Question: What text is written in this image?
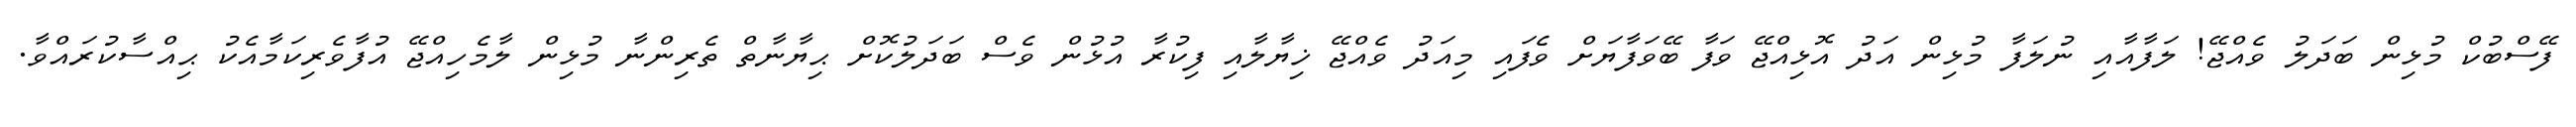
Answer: ފޭސްބުކް މުޅިން ބަދަލު ވެއްޖޭ! ލަފާއާއި ނުލަފާ މުޅިން އަދު އޮޅިއްޖޭ ވަފާ ބޭވަފާޔަށް ވެފައި މިއަދު ވެއްޖޭ ޚިޔާލާއި ފިކުރާ އުޅުން ވެސް ބަދަލުކޮށް ޙިޔާނާތް ތެރިންނާ މުޅިން ލާމެހިއްޖޭ އުފާވެރިކަމާއެކު ޙިއްސާކުރައްވާ.